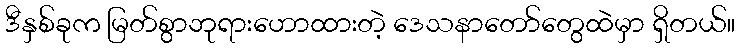
ဒီနှစ်ခုက မြတ်စွာဘုရားဟောထားတဲ့ ဒေသနာတော်တွေထဲမှာ ရှိတယ်။